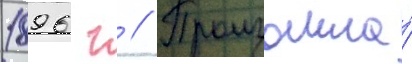
1896 г // Произошла́